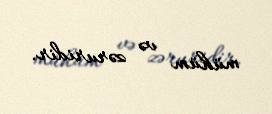
mühüm və zəruridir.